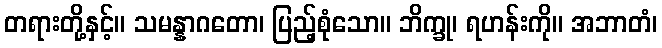
တရားတို့နှင့်။ သမန္နာဂတော၊ ပြည့်စုံသော။ ဘိက္ခု၊ ရဟန်းကို။ အဘာတံ၊